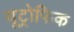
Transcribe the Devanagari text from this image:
यूट्रोफिक